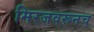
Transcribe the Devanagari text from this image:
मिरजवरूनच